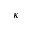
\kappa